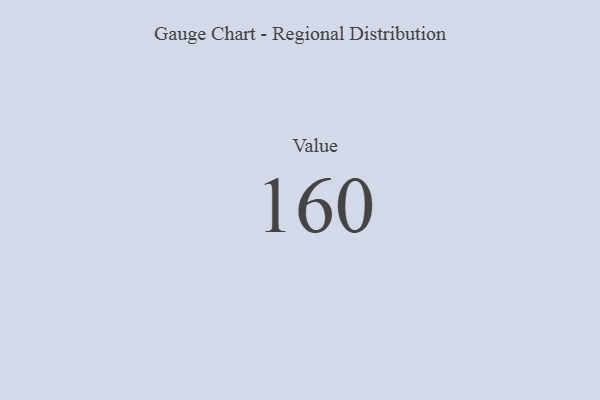
{"axis": {"x": "Metric", "y": "Value"}, "legend": [""], "data": [{"x": "Value", "y": 160, "type": ""}]}